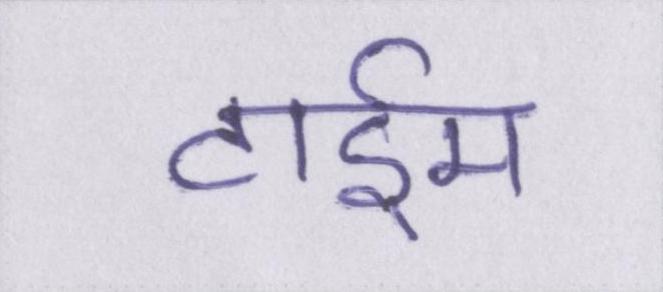
टाईम